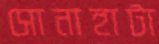
সোনাহাটা